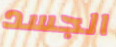
الجسد